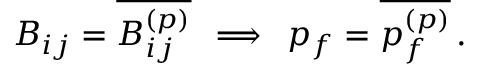
B _ { i j } = \overline { { B _ { i j } ^ { ( p ) } } } \, \implies \, p _ { f } = \overline { { p _ { f } ^ { ( p ) } } } \, .